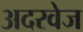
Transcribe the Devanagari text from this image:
अदरवेज